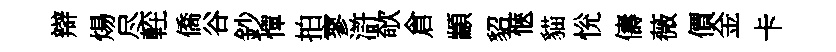
辯煬尽䡖僑谷鈔憚拍寥滸欹倉顓貂愜貓恱儔薇價金卡